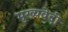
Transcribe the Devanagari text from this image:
मुख्यवेदी